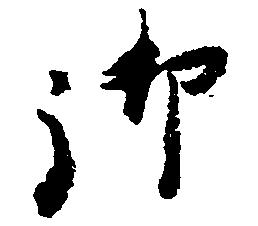
御